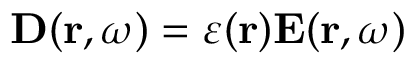
\mathbf { D } ( \mathbf { r } , \omega ) = \varepsilon ( \mathbf { r } ) \mathbf { E } ( \mathbf { r } , \omega )